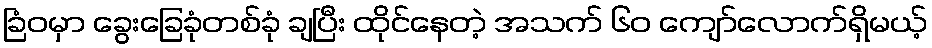
ခြံဝမှာ ခွေးခြေခုံတစ်ခုံ ချပြီး ထိုင်နေတဲ့ အသက် ၆၀ ကျော်လောက်ရှိမယ့်